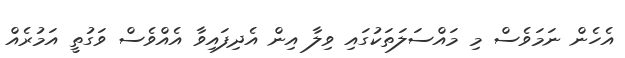
އެހެން ނަމަވެސް މި މައްސަލަތަކުގައި ވިލާ އިން އެދިފައިވާ އެއްވެސް ވަގުތީ އަމުރެއް